Report on the metropolitan horse fairs and district horse shows of 1892-93 - 1892-1893
Year: 1892
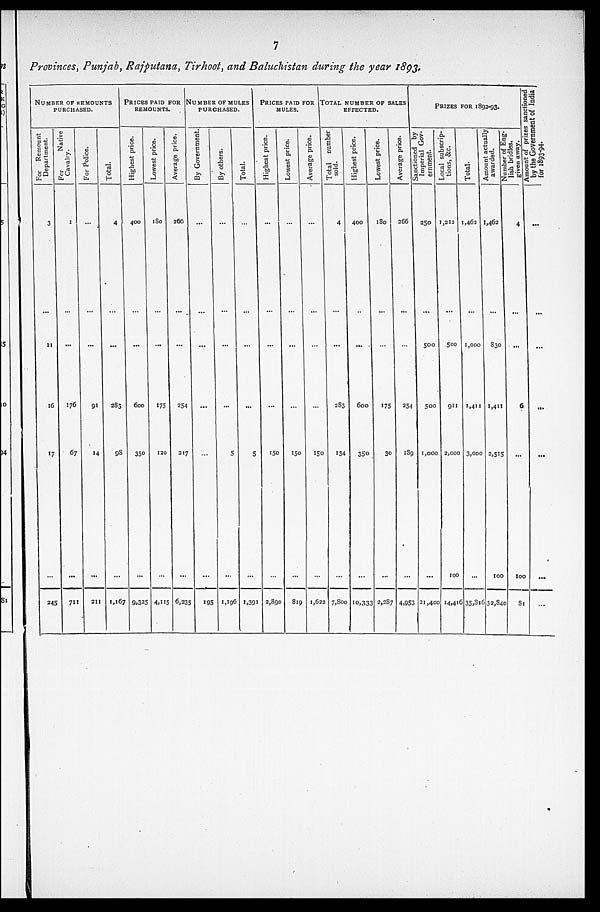
7
Provinces, Punjab, Rajputana, Tirhoot, and Baluchistan during the year 1893.
NUMBER OF DEMOUNTS
PURCHASED.
For Remount
Department.
3
...
11
16
17
...
245
For Native
Cavalry.
1
...
...
176
67
...
711
For Police.
...
...
...
91
14
...
211
Total.
4
...
...
283
98
...
1,167
PRICES PAID FOR
REMOUNTS.
Highest price.
400
...
...
600
350
...
9,325
Lowest price.
180
...
...
175
120
...
4,115
Average Price.
266
...
...
254
217
...
6,235
NUMBER OF MULES
PURCHASED.
By Govenment.
...
...
...
...
...
...
195
By others.
...
...
...
...
5
...
1,196
Total.
...
...
...
...
5
...
1,391
PRICES PAID FOR
MULES.
Highest price.
...
...
...
...
150
...
2,890
Lowest price.
...
...
...
...
150
...
819
Average price
...
...
...
...
150
...
1,622
TOTAL NUMBER OF SALES
EFFECTED.
Total number sold.
4
...
...
283
134
...
7,800
Highest price.
400
...
...
600
350
...
10,333
Lowest price.
180
...
...
175
30
...
2,287
Average price.
266
...
...
254
189
...
4,953
PRIZES FOR 1892-93.
Sanctioned by
Imperial Gov-
ernment.
250
...
500
500
1,000
...
21,400
Local subscrip-
tions, &c.
1,212
...
500
911
2,000
100
14,410
Total.
1,462
...
1,000
1,411
3,000
...
35,816
Amount actually
awarded.
1,462
...
830
1,411
2,515
100
32,840
Number of Eng-
lish bridles
given away.
4
...
...
6
...
100
81
Amount of prizes sanctione
by the Government of India
for 1893-94.
...
...
...
...
...
...
...